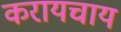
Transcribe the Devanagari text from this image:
करायचाय